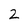
Character: 2